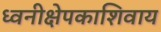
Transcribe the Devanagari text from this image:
ध्वनीक्षेपकाशिवाय